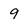
Character: 9